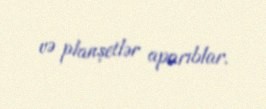
və planşetlər aparıblar.